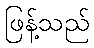
ဖြန့်သည်